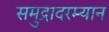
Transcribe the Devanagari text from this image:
समुद्रादरम्यान